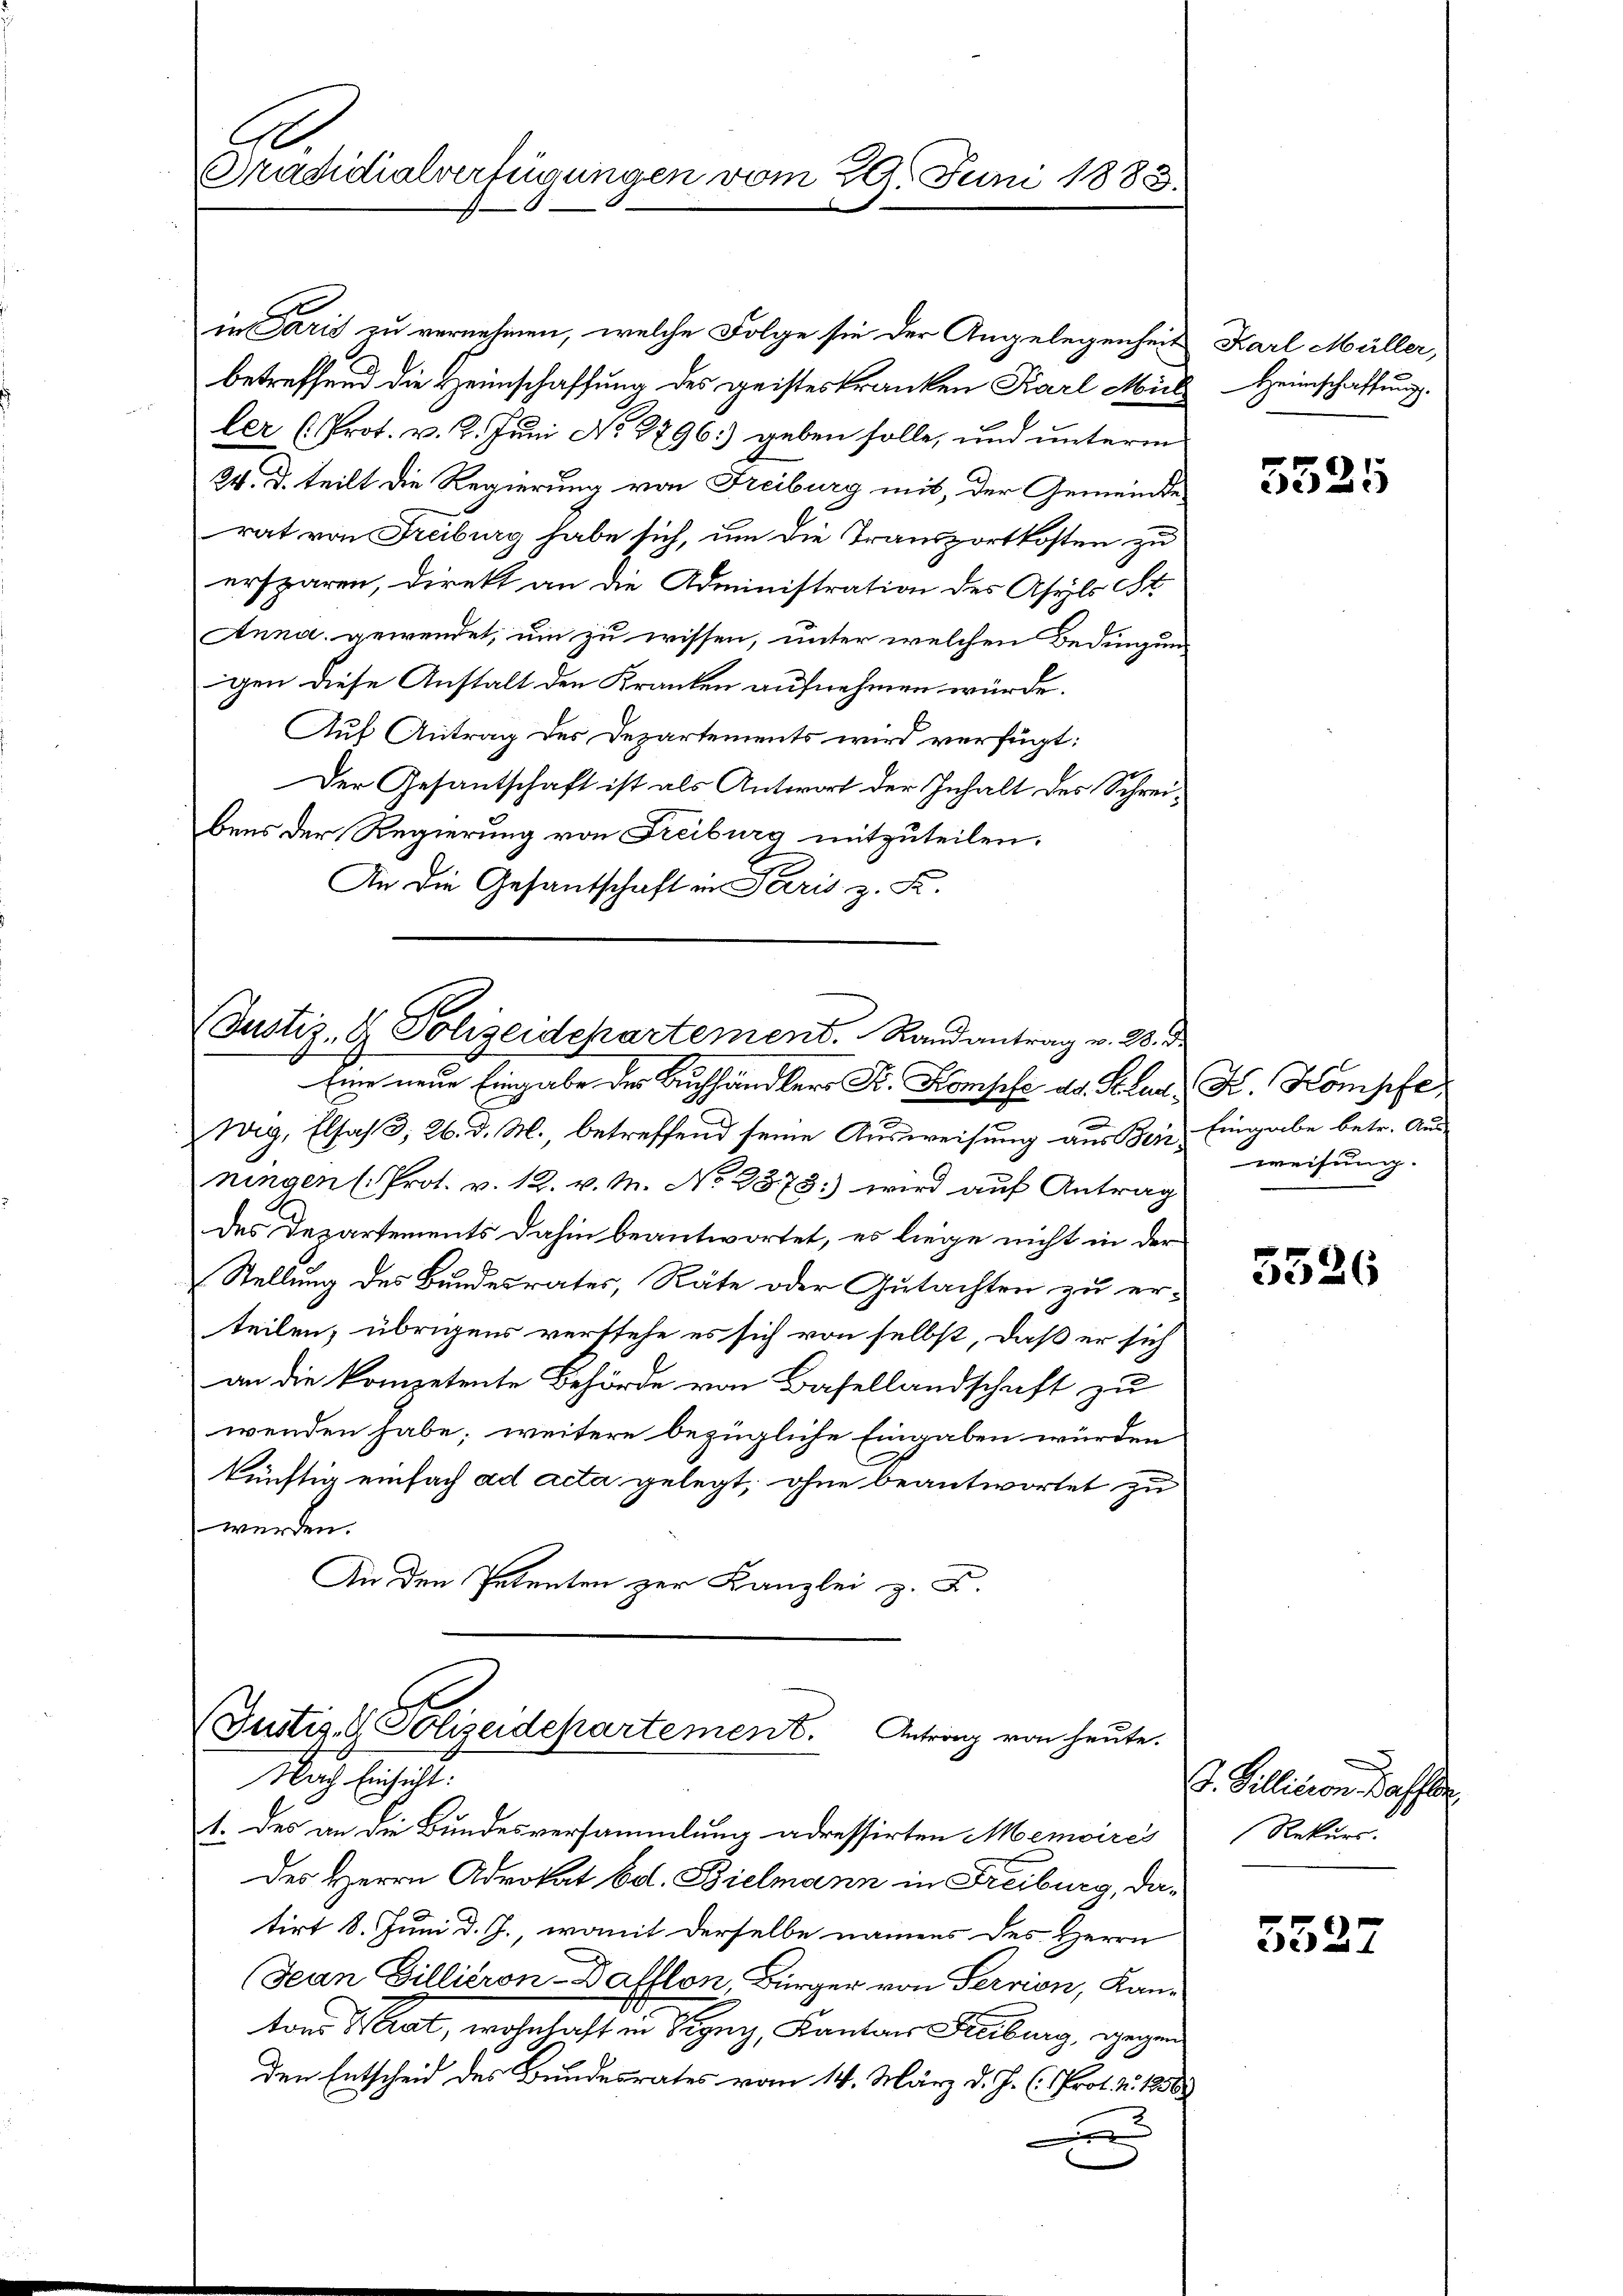
Präsidialverfügungen vom 29. Juni 1883.

in Paris zu vernehmen, welche Folge sie der Angelegenheit
betreffend die Heimschaffung des geisteskranken Karl Mül
ler (Prot. v. 2. Juni No 8796) geben solle, und unterm
24. d. teilt die Regierung von Freiburg mit, der Gemeinde
rat von Freiburg habe sich, um die Transportkosten zu
ersparen, direkt an die Administration des Asyls St.
Anna gewendet, um zu wissen, unter welchen Bedingung
igen diese Anstalt den Kranken aufnehmen würde.
Auf Antrag des Departements wird verfügt:
Der Gesantschaft ist als Antwort der Inhalt des Schreibens der Regierung von Freiburg mitzuteilen.
An die Gesandschaft in Paris z. B.

(Justiz- & Polizeidepartement. Randantrag v. 23. d.
Eine neue Eingabe der Buchhändlers Fr. Komphe ad. Schau, K. Kompfe

a
Weg, Elsas 3, 26. d. M., betreffend seine Ausweisung aus Bei- Eingabe betr. Ausningen (Prot. v. 12. v. M. No 2373: wird auf Antrag
des Departements dahin beantwortet, es liege nicht in der
Stellung des Bundesrates, Räte oder Gutachten zu er-
teilen, übrigens vertsehe es sich von selbst, daß er sich
an die kompetente Behörde von Basellandschaft zu
wenden habe; weitere bezügliche Eingaben würden
künftig einfach ad acta gelegt, ohne beantwortet zu
werden.
An den Petenten zur Kanzlei z. B.

Justiz- & Polizeidepartement. Antrag von heute.
Nach Eichist.

1. des an die Bundesversammlung adressirten Memoires
des Herrn Advokat bot. Bielmann in Freiburg, datirt 8. Juni d. J., womit derselbe namens des Herrn
Jean Gillieron-Dafflon, Bürger von Servion, Kan-
tons Wat, wohnhaft in Signy, Kantons Freiburg, gegen
den Entscheid des Bundesrates vom 14. März d. J. (Prot. No. 1858.
x

Karl Müller,
Heimschaffung.

5525

weisung.

5526

G. Billision Kaffer
Rekurs

5527